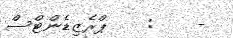
-    :    ޕްރެޒިޑެންޓްސް